Vital statistics of India. Vol. V, Reports of 1876 on armies & jails and on epidemic cholera
Year: 1876
Disease focus: Cholera
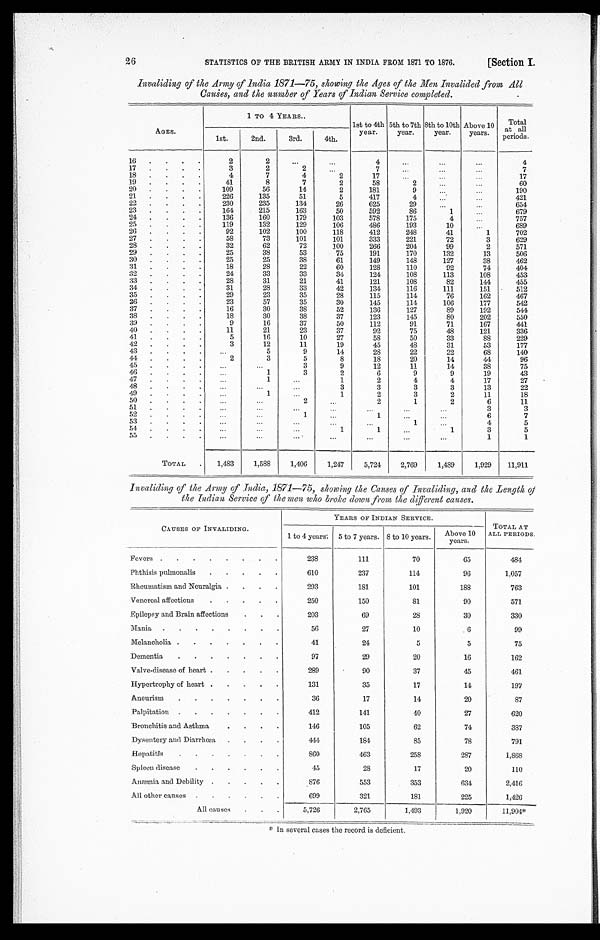
STATISTICS OF THE BRITISH ARMY IN INDIA FROM 1871 TO 1876.
[Section I.
Invaliding of the Army of India 1871—75, showing the Ages of the Men Invalided from All
Causes, and the number of Years of Indian Service completed.
AGES.
1 TO 4 YEARS..
1st to 4th
year.
5th to 7th
year.
8th to 10th
year.
Above 10
years.
Total
at all
periods.
1st.
2nd.
3rd.
4th.
16 . . .
2
2
. . .
. . .
4
. . .
. . .
. . .
4
17 . . .
3
2
2
. . .
7
. . .
. . .
. . .
7
18 . . .
4
7
4
2
17
. . .
. . .
. . .
17
19 . . .
41
8
7
2
58
2
. . .
. . .
60
20 . . .
109
56
14
2
181
9
. . .
. . .
190
21 . . .
226
135
51
5
417
4
. . .
. . .
421
22 . . .
230
235
134
26
625
29
. . .
. . .
654
23 . . .
164
215
163
50
592
86
1
. . .
679
24 . . .
136
160
179
103
578
175
4
. . .
757
25 . . .
119
132
129
106
486
193
10
. . .
689
26 . . .
92
102
100
118
412
248
41
1
702
27 . . .
58
73
101
101
333
221
72
3
629
28 . . .
32
62
72
100
266
204
99
2
571
29 . . .
25
38
53
75
191
170
132
13
506
30 . . .
25
25
38
61
149
148
127
38
462
31 . . .
18
28
22
60
128
110
92
74
404
32 . . .
24
33
33
34
124
108
113
108
453
33 . . .
28
31
21
41
121
108
82
144
455
34 . . .
31
28
33
42
134
116
111
151
512
35 . . .
29
23
35
28
115
114
76
162
467
36 . . .
23
57
35
30
145
114
106
177
542
37 . . .
16
30
38
52
136
127
89
192
544
38 . . .
18
30
38
37
123
145
80
202
550
39 . . .
9
16
37
50
112
91
71
167
441
40 . . .
11
21
23
37
92
75
48
121
336
41 . . .
5
16
10
27
58
50
33
88
229
42 . . .
3
12
11
19
45
48
31
53
177
43 . . .
. . .
5
9
14
28
22
22
68
140
44 . . .
2
3
5
8
18
20
14
44
96
4 5 . . .
. . .
. . .
3
9
12
11
14
38
75
46 . . .
. . .
1
3
2
6
9
9
19
43
47 . . .
. . .
1
. . .
1
2
4
4
17
27
48 . . .
. . .
. . .
. . .
3
3
3
3
13
22
49 . . .
. . .
1
. . .
1
2
3
2
11
18
50 . . .
. . .
. . .
2
. . .
2
1
2
6
11
51 . . .
. . .
. . .
. . .
. . .
. . .
. . .
. . .
3
3
52 . . .
. . .
. . .
1
. . .
1
. . .
. . .
6
7
53 . . .
. . .
. . .
. . .
. . .
. . .
1
. . .
4
5
54 . . .
. . .
. . .
. . .
1
1
. . .
1
3
5
55 . . .
. . .
. . .
. . .
. . .
. . .
. . .
. . .
1
1
TOTAL . . .
1,483
1,588
1,406
1,247
5,724
2,769
1,489
1,929
11,911
Invaliding of the Army of India, 1871—75, showing the Causes of Invaliding, and the Length of
the Indian Service of the men who broke down from the different causes.
CAUSES OF INVALIDING.
YEARS OF INDIAN SERVICE.
TOTAL AT
ALL PERIODS.
1 to 4 years:
5 to 7 years. 8 to 10 years.
Above 10
years.
Fevers . . .
238
111
70
65
484
Phthisis pulmonalis . . .
610
237
114
96
1,057
Rheumatism and Neuralgia . . .
293
181
101
188
763
Venereal affections . . .
250
150
81
90
571
Epilepsy and Brain affections . . .
203
69
28
30
330
Mania . . .
56
27
10
6
99
Melancholia . . .
41
24
5
5
75
Dementia . . .
97
29
20
16
162
Valve-disease of heart . . .
289
90
37
45
461
Hypertrophy of heart . . .
131
35
17
14
197
Aneurism . . .
36
17
14
20
87
Palpitation . . .
412
141
40
27
620
Bronchitis and Asthma . . .
146
105
62
74
387
Dysentery and Diarrhœa . . .
444
184
85
78
791
Hepatitis . . .
860
463
258
287
1,868
Spleen disease . . .
45
28
17
20
110
Anæmia, and Debility . . .
8 7 6
553
353
634
2,416
All other causes . . .
699
321
181
225
1,426
All causes . . .
5,726
2,765
1,493
1.920
11,904*
* I n s e v e r a l c a s e s t h e r e c o r d i s d e f i c i e n t .